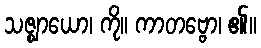
သဇ္ဈာယော၊ ကို။ ကာတဗ္ဗော၊ ၏။